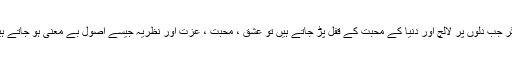
مگر جب دلوں پر لالچ اور دنیا کے محبت کے قفل پڑ جاتے ہیں تو عشق ، محبت ، عزت اور نظریہ جیسے اصول بے معنی ہو جاتے ہیں۔